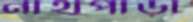
নাথপাড়া